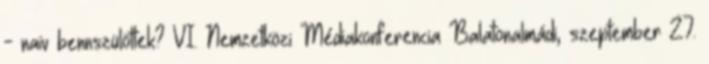
- naiv bennszülöttek? VI. Nemzetközi Médiakonferencia Balatonalmádi, szeptember 27.